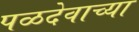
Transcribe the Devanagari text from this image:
पळदेवाच्या